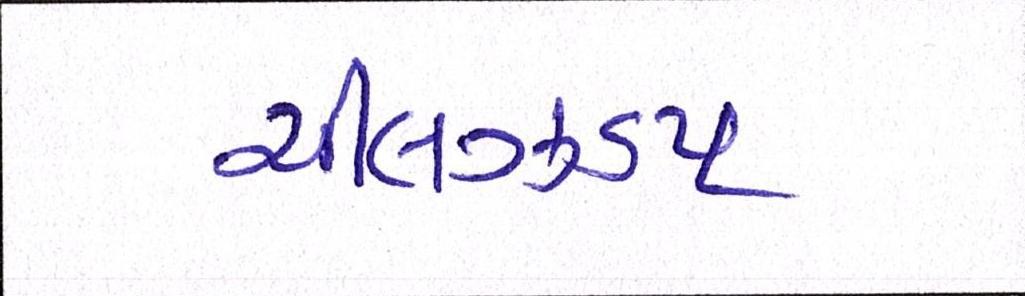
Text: ચીલઝડપ